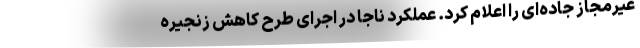
غیرمجاز جاده‌ای را اعلام کرد. عملکرد ناجا در اجرای طرح کاهش زنجیره